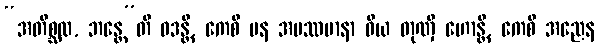
“အတိစ္ဆထ, ဘန္တေ”တိ ဝဒန္တိ, ကေစိ ပန အပဿမာနာ ဝိယ တုဏှီ ဟောန္တိ, ကေစိ အညေန